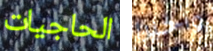
الحاجيات وأخيرا